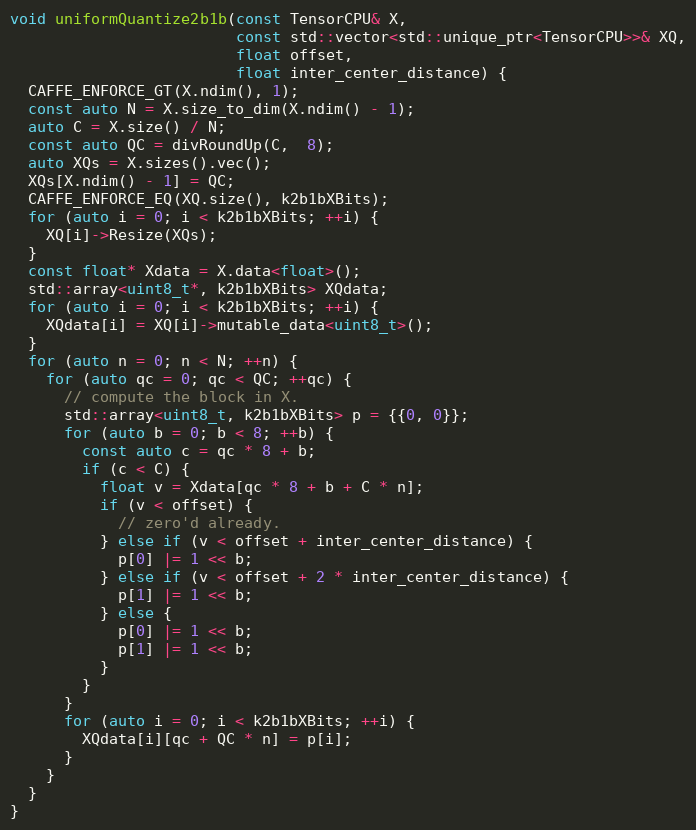
Language: C++
void uniformQuantize2b1b(const TensorCPU& X,
                         const std::vector<std::unique_ptr<TensorCPU>>& XQ,
                         float offset,
                         float inter_center_distance) {
  CAFFE_ENFORCE_GT(X.ndim(), 1);
  const auto N = X.size_to_dim(X.ndim() - 1);
  auto C = X.size() / N;
  const auto QC = divRoundUp(C,  8);
  auto XQs = X.sizes().vec();
  XQs[X.ndim() - 1] = QC;
  CAFFE_ENFORCE_EQ(XQ.size(), k2b1bXBits);
  for (auto i = 0; i < k2b1bXBits; ++i) {
    XQ[i]->Resize(XQs);
  }
  const float* Xdata = X.data<float>();
  std::array<uint8_t*, k2b1bXBits> XQdata;
  for (auto i = 0; i < k2b1bXBits; ++i) {
    XQdata[i] = XQ[i]->mutable_data<uint8_t>();
  }
  for (auto n = 0; n < N; ++n) {
    for (auto qc = 0; qc < QC; ++qc) {
      // compute the block in X.
      std::array<uint8_t, k2b1bXBits> p = {{0, 0}};
      for (auto b = 0; b < 8; ++b) {
        const auto c = qc * 8 + b;
        if (c < C) {
          float v = Xdata[qc * 8 + b + C * n];
          if (v < offset) {
            // zero'd already.
          } else if (v < offset + inter_center_distance) {
            p[0] |= 1 << b;
          } else if (v < offset + 2 * inter_center_distance) {
            p[1] |= 1 << b;
          } else {
            p[0] |= 1 << b;
            p[1] |= 1 << b;
          }
        }
      }
      for (auto i = 0; i < k2b1bXBits; ++i) {
        XQdata[i][qc + QC * n] = p[i];
      }
    }
  }
}